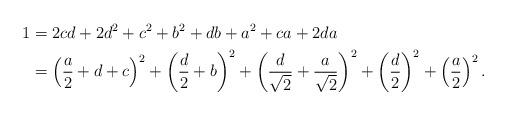
LaTeX: \begin{align*} 1 &= 2cd+2d^2+c^2+b^2+db+a^2+ca+2da \\ &= \left(\frac{a}{2} + d + c\right)^2 + \left(\frac{d}{2} + b\right)^2 + \left(\frac{d}{\sqrt{2}} + \frac{a}{\sqrt{2}}\right)^2 + \left(\frac{d}{2}\right)^2 + \left(\frac{a}{2}\right)^2 .\end{align*}